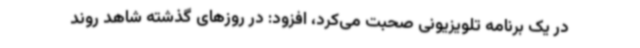
در یک برنامه تلویزیونی صحبت می‌کرد، افزود: در روزهای گذشته شاهد روند